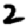
Digit: 2